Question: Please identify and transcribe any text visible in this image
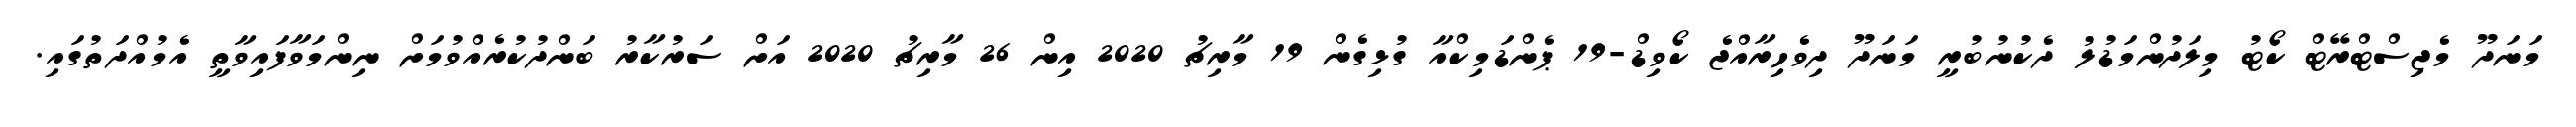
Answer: މަނަދޫ މެޖިސްޓްރޭޓް ކޯޓު މިލަދުންމަޑުލު ދެކުނުބުރީ މަނަދޫ ދިވެހިރާއްޖެ ކޯވިޑް-19 ޕެންޑަމިކްއާ ގުޅިގެން 19 މާރިޗު 2020 އިން 26 މާރިޗު 2020 އަށް ސަރުކާރު ބަންދުކުރެއްވުމަށް ނިންމަވާފައިވާތީ އެމުއްދަތުގައި.